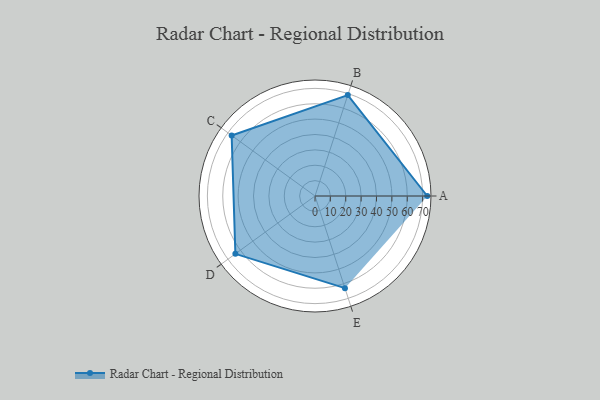
{"axis": {"x": "Skill", "y": "Score"}, "legend": ["Profile"], "data": [{"x": "A", "y": 73.0, "type": "Profile"}, {"x": "B", "y": 69.0, "type": "Profile"}, {"x": "C", "y": 67.0, "type": "Profile"}, {"x": "D", "y": 64.0, "type": "Profile"}, {"x": "E", "y": 63.0, "type": "Profile"}]}